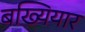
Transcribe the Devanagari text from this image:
बख्यियार